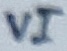
Text: VI